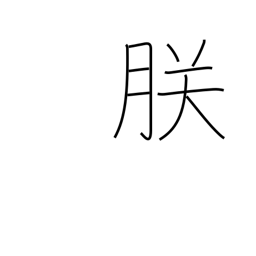
Meaning: majestic plural